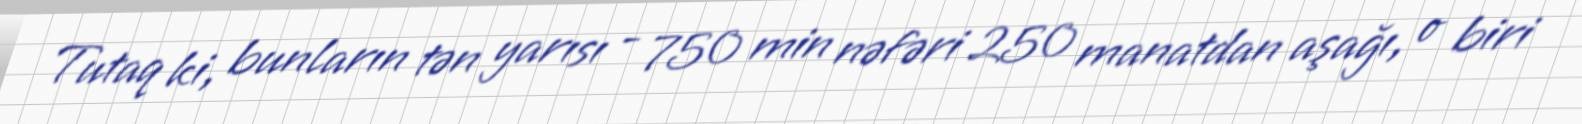
Tutaq ki, bunların tən yarısı - 750 min nəfəri 250 manatdan aşağı, o biri